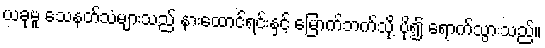
ယခုမူ သေနတ်သံများသည် နားထောင်ရင်းနှင့် မြောက်ဘက်သို့ ပို၍ ရောက်သွားသည်။